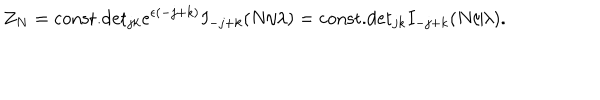
Z _ { N } = \mathrm { c o n s t . } \mathrm { d e t } _ { j k } e ^ { \epsilon ( - j + k ) } I _ { - j + k } ( N / \lambda ) = \mathrm { c o n s t . } \mathrm { d e t } _ { j k } I _ { - j + k } ( N / \lambda ) .